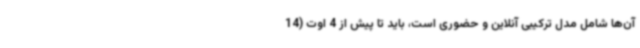
آن‌ها شامل مدل ترکیبی آنلاین و حضوری است، باید تا پیش از 4 اوت (14